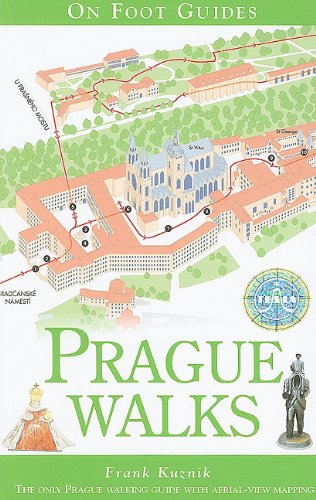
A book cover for Prague Walks (On Foot Guides); Frank Kuznik; Travel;